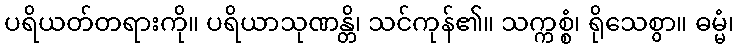
ပရိယတ်တရားကို။ ပရိယာသုဏန္တိ၊ သင်ကုန်၏။ သက္ကစ္စံ၊ ရိုသေစွာ။ ဓမ္မံ၊